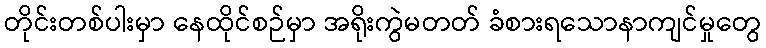
တိုင်းတစ်ပါးမှာ နေထိုင်စဉ်မှာ အရိုးကွဲမတတ် ခံစားရသောနာကျင်မှုတွေ